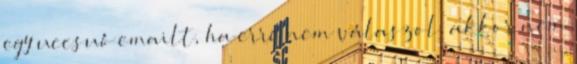
egy uccsuó emailt, ha erre nem válaszol, akkor nem